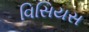
વિસિયસ